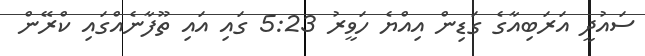
ސައުދީ އަރަބިއާގެ ގަޑިން އިއްޔެ ހަވީރު 5:23 ގައި އައި ތޫފާނެއްގައި ކްރޭން